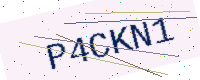
Text: P4CKN1